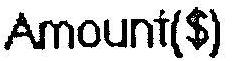
AMOUNT($)